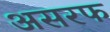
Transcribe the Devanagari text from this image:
असरफ